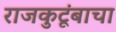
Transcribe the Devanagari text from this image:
राजकुटूंबाचा